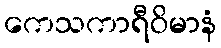
ကေသကာရီဝိမာနံ